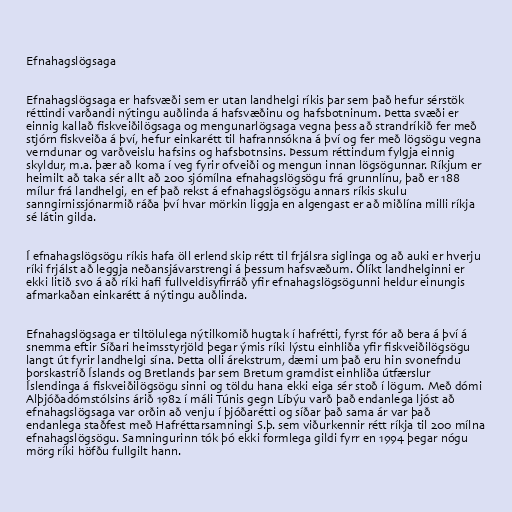
Efnahagslögsaga

Efnahagslögsaga er hafsvæði sem er utan landhelgi ríkis þar sem það hefur sérstök
réttindi varðandi nýtingu auðlinda á hafsvæðinu og hafsbotninum. Þetta svæði er
einnig kallað fiskveiðilögsaga og mengunarlögsaga vegna þess að strandríkið fer með
stjórn fiskveiða á því, hefur einkarétt til hafrannsókna á því og fer með lögsögu vegna
verndunar og varðveislu hafsins og hafsbotnsins. Þessum réttindum fylgja einnig
skyldur, m.a. þær að koma í veg fyrir ofveiði og mengun innan lögsögunnar. Ríkjum er
heimilt að taka sér allt að 200 sjómílna efnahagslögsögu frá grunnlínu, það er 188
mílur frá landhelgi, en ef það rekst á efnahagslögsögu annars ríkis skulu
sanngirnissjónarmið ráða því hvar mörkin liggja en algengast er að miðlína milli ríkja
sé látin gilda.

Í efnahagslögsögu ríkis hafa öll erlend skip rétt til frjálsra siglinga og að auki er hverju
ríki frjálst að leggja neðansjávarstrengi á þessum hafsvæðum. Ólíkt landhelginni er
ekki litið svo á að ríki hafi fullveldisyfirráð yfir efnahagslögsögunni heldur einungis
afmarkaðan einkarétt á nýtingu auðlinda.

Efnahagslögsaga er tiltölulega nýtilkomið hugtak í hafrétti, fyrst fór að bera á því á
snemma eftir Síðari heimsstyrjöld þegar ýmis ríki lýstu einhliða yfir fiskveiðilögsögu
langt út fyrir landhelgi sína. Þetta olli árekstrum, dæmi um það eru hin svonefndu
þorskastríð Íslands og Bretlands þar sem Bretum gramdist einhliða útfærslur
Íslendinga á fiskveiðilögsögu sinni og töldu hana ekki eiga sér stoð í lögum. Með dómi
Alþjóðadómstólsins árið 1982 í máli Túnis gegn Líbýu varð það endanlega ljóst að
efnahagslögsaga var orðin að venju í þjóðarétti og síðar það sama ár var það
endanlega staðfest með Hafréttarsamningi S.þ. sem viðurkennir rétt ríkja til 200 mílna
efnahagslögsögu. Samningurinn tók þó ekki formlega gildi fyrr en 1994 þegar nógu
mörg ríki höfðu fullgilt hann.